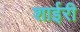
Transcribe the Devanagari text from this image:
शाईरी